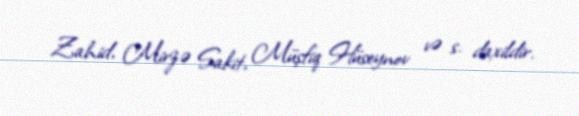
Zahid, Mirzə Sakit, Müşfiq Hüseynov və s. daxildir.